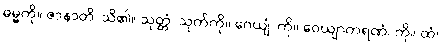
ဓမ္မကို။ ဇာနာတိ၊ သိ၏။ သုတ္တံ၊ သုတ်ကို။ ဂေယျံ၊ ကို။ ဝေယျာကရဏံ၊ ကို။ ထံ၊